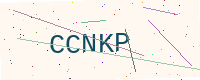
Text: CCNKP